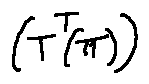
( T ^ { T } ( \pi ) )